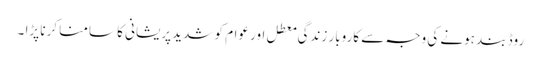
روڈ بند ہونے کی وجہ سے کاروبار زندگی معطل اور عوام کو شدید پریشانی کا سامنا کرنا پڑا ۔